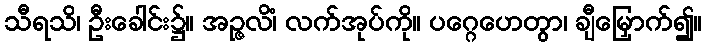
သီရသိ၊ ဦးခေါင်း၌။ အဉ္ဇလိံ၊ လက်အုပ်ကို။ ပဂ္ဂေဟေတွာ၊ ချီမြှောက်၍။